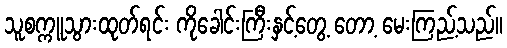
သူစက္ကူသွားထုတ်ရင်း ကိုခေါင်းကြီးနှင့်တွေ့ တော့ မေးကြည့်သည်။